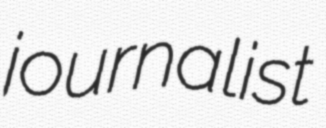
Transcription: journalist